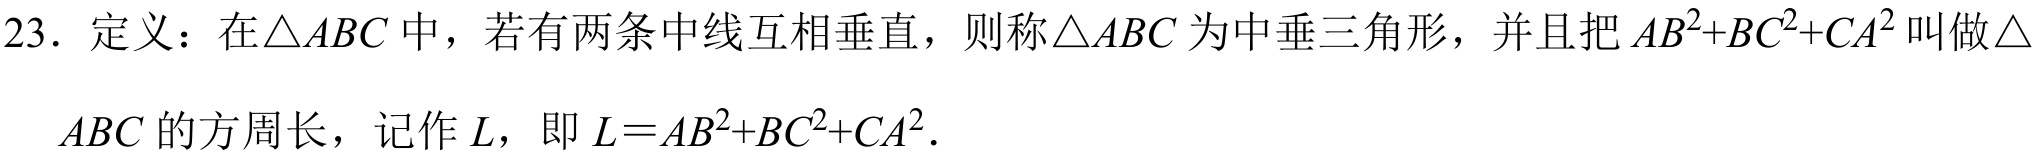
23．定义：在$\triangle ABC$中，若有两条中线互相垂直，则称$\triangle ABC$为中垂三角形，并且把$AB^{2}+BC^{2}+CA^{2}$叫做$\triangle$
$ABC$的方周长，记作$L$，即$L = AB^{2}+BC^{2}+CA^{2}.$